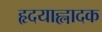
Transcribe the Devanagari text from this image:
हृदयाह्लादक